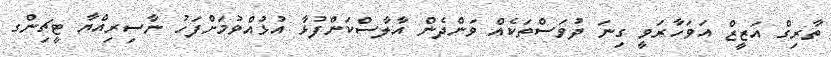
ތާރިގް އަޒީޒް އަވަހާރަވީ ގިނަ ދުވަސްތަކެއް ވަންދެން އާލާސްކަންފުޅާ އުޅުއްވުމަށްފަހު ނާސިރިއްޔާ ޓީޗިންގ